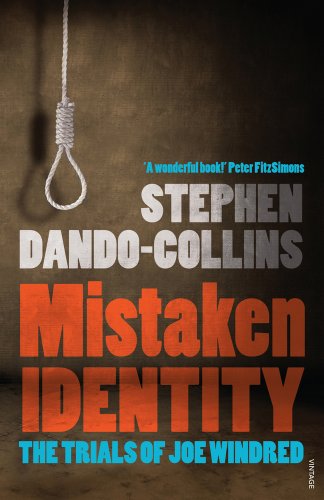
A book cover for Mistaken Identity: The Trials of Joe Windred; Stephen Dando-Collins; Biographies & Memoirs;